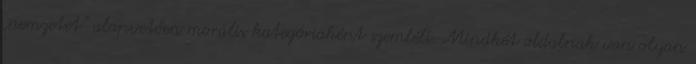
„nemzetet” alapvetően morális kategóriaként szemléli. Mindkét oldalnak van olyan